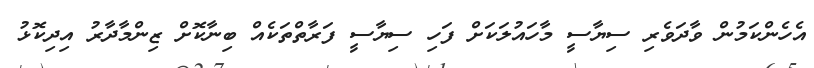
އެހެންކަމުން ވާދަވެރި ސިޔާސީ މާހައުލަކަށް ފަހި ސިޔާސީ ފަރާތްތަކެއް ބިނާކޮށް ޒިންމާދާރު އިދިކޮޅު